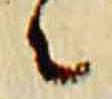
々